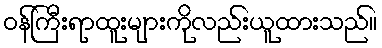
ဝန်ကြီးရာထူးများကိုလည်းယူထားသည်။